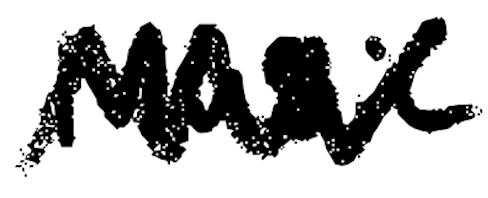
Text: Music
Cross-out: zig-zag
Writing tool: digital_black